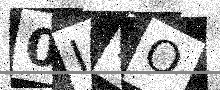
Text: 0IDO